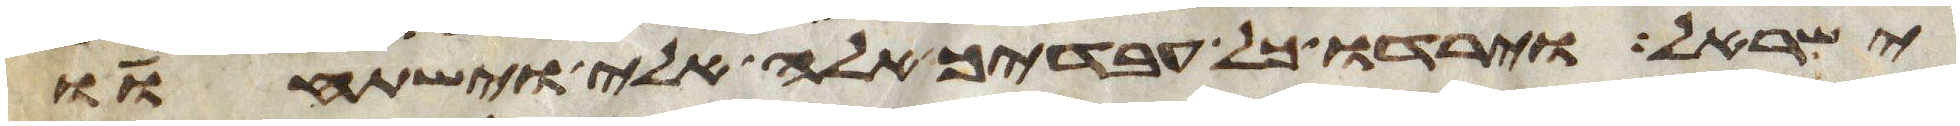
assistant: ישראל וירדו כל עבדיך אלה אלי וישתחוו